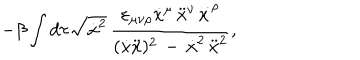
LaTeX: - \beta \int d \tau \sqrt { \dot { x } ^ { 2 } } \, \frac { \varepsilon _ { \mu \nu \rho } \dot { x } ^ { \mu } \, \ddot { x } ^ { \nu } \stackrel { \ldots } { x } ^ { \rho } } { { ( \dot { x } \ddot { x } ) ^ { 2 } \, - \, \dot { x } ^ { 2 } \, \ddot { x } ^ { 2 } } } ,